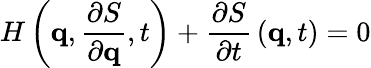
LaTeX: H\left(\mathbf{q},{\frac{\partial S}{\partial\mathbf{q}}},t\right)+{\frac{\partial S}{\partial t}}\left(\mathbf{q},t\right)=0